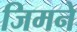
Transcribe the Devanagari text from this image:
जिमने